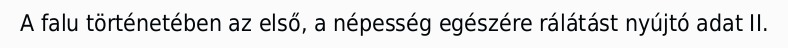
A falu történetében az első, a népesség egészére rálátást nyújtó adat II.